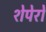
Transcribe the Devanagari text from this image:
शेपेरो